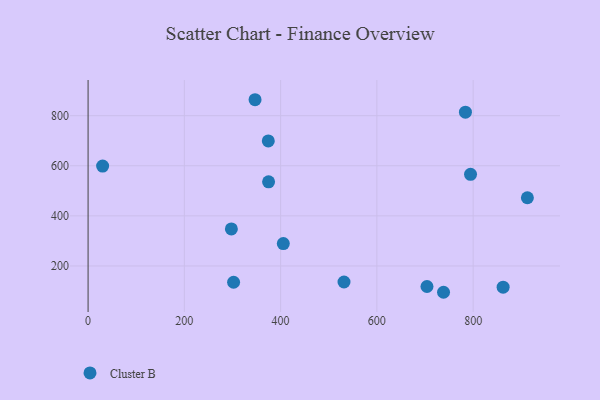
{"axis": {"x": "Engine Size", "y": "Sales"}, "legend": ["Cluster B"], "data": [{"x": "531.7", "y": 136.0, "type": "Cluster B"}, {"x": "784.0", "y": 814.2, "type": "Cluster B"}, {"x": "302.3", "y": 134.9, "type": "Cluster B"}, {"x": "794.6", "y": 566.0, "type": "Cluster B"}, {"x": "346.9", "y": 863.8, "type": "Cluster B"}, {"x": "912.7", "y": 472.3, "type": "Cluster B"}, {"x": "738.5", "y": 94.9, "type": "Cluster B"}, {"x": "704.1", "y": 118.0, "type": "Cluster B"}, {"x": "30.2", "y": 598.9, "type": "Cluster B"}, {"x": "297.7", "y": 347.7, "type": "Cluster B"}, {"x": "375.0", "y": 536.0, "type": "Cluster B"}, {"x": "862.3", "y": 115.2, "type": "Cluster B"}, {"x": "374.4", "y": 699.4, "type": "Cluster B"}, {"x": "405.6", "y": 289.3, "type": "Cluster B"}]}